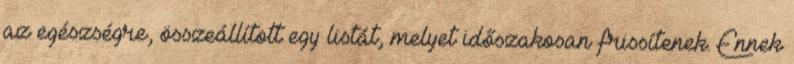
az egészségre, összeállított egy listát, melyet időszakosan frissítenek. Ennek